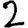
Digit: 2